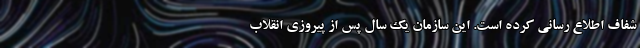
شفاف اطلاع رسانی کرده است. این سازمان یک سال پس از پیروزی انقلاب